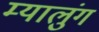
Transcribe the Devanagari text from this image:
म्यालुंग